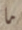
ما